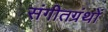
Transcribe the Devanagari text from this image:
संगीतग्रंथों